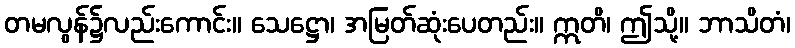
တမလွန်၌လည်းကောင်း။ သေဋ္ဌော၊ အမြတ်ဆုံးပေတည်း။ ဣတိ၊ ဤသို့။ ဘာသိတံ၊